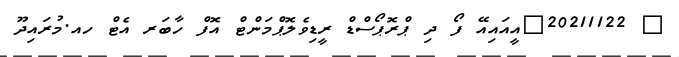
_ 20211122_އީއައިއޭ ފޯ ދި ޕްރޮޕޯސްޑް ރީޑިވެލޮޕްމަންޓް އޮފް ހާބަރ އެޓް ހއ.މުރައިދޫ